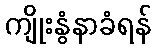
ကျိုးနွံနာခံရန်